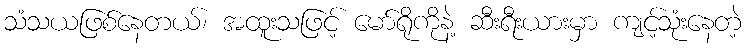
သံသယဖြစ်နေတယ်၊ အထူးသဖြင့် မော်ရိုကိုနဲ့ ဆီးရီးယားမှာ ကျင့်သုံးနေတဲ့